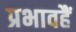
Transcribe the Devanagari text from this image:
प्रभावहैं